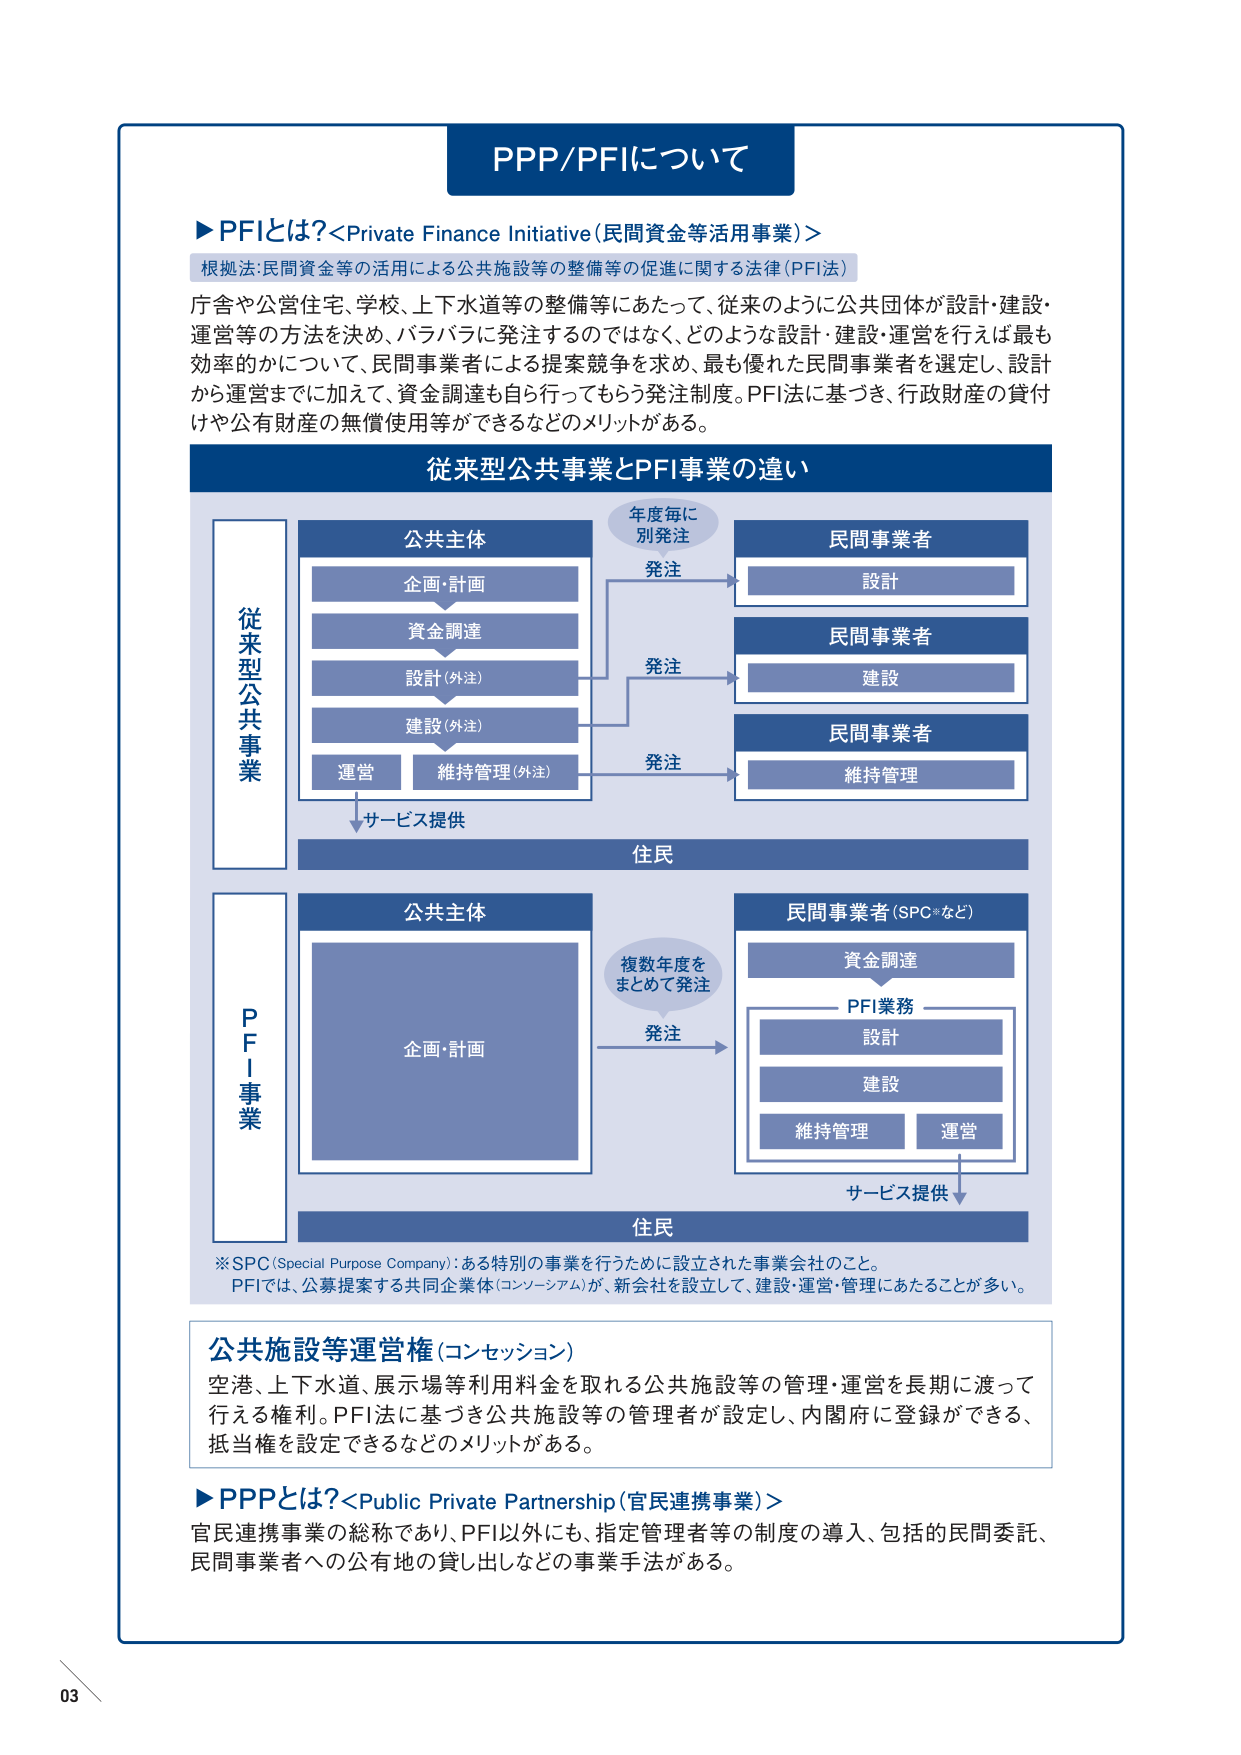
PPP/PFIについて

▶PFIとは？<Private Finance Initiative（民間資金等活用事業）>
根拠法：民間資金等の活用による公共施設等の整備等の促進に関する法律（PFI法）

庁舎や公営住宅、学校、上下水道等の整備等にあたって、従来のように公共団体が設計・建設・運営等の方法を決め、バラバラに発注するのではなく、どのような設計・建設・運営を行えば最も効率的かについて、民間事業者による提案競争を求め、最も優れた民間事業者を選定し、設計から運営までに加えて、資金調達も自ら行ってもらう発注制度。PFI法に基づき、行政財産の貸付けや公有財産の無償使用等ができるなどのメリットがある。

従来型公共事業とPFI事業の違い

従来型公共事業
公共主体
企画・計画
資金調達
設計（外注）
建設（外注）
運営 維持管理（外注）
↓サービス提供

発注
年度毎に
別発注

民間事業者
設計
民間事業者
建設
民間事業者
維持管理

住民

PFI事業
公共主体
企画・計画

発注
複数年度を
まとめて発注

民間事業者（SPC®など）
資金調達
PFI業務
設計
建設
維持管理 運営
↓サービス提供

住民

※SPC（Special Purpose Company）：ある特別の事業を行うために設立された事業会社のこと。
PFIでは、公募提案する共同企業体（コンソーシアム）が、新会社を設立して、建設・運営・管理にあたることが多い。

公共施設等運営権（コンセッション）
空港、上下水道、展示場等利用料金を取れる公共施設等の管理・運営を長期に渡って行える権利。PFI法に基づき公共施設等の管理者が設定し、内閣府に登録ができる、抵当権を設定できるなどのメリットがある。

▶PPPとは？<Public Private Partnership（官民連携事業）>
官民連携事業の総称であり、PFI以外にも、指定管理者等の制度の導入、包括的民間委託、民間事業者への公有地の貸し出しなどの事業手法がある。

03